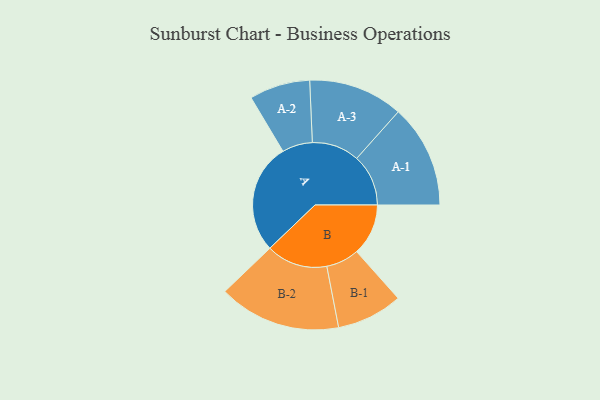
{"axis": {"x": "Segment", "y": "Value"}, "legend": ["", "A", "B"], "data": [{"x": "A", "y": 461, "type": ""}, {"x": "B", "y": 216, "type": ""}, {"x": "A-1", "y": 216, "type": "A"}, {"x": "A-2", "y": 127, "type": "A"}, {"x": "A-3", "y": 198, "type": "A"}, {"x": "B-1", "y": 138, "type": "B"}, {"x": "B-2", "y": 256, "type": "B"}]}